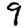
Digit: 9